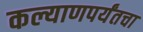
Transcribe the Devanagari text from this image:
कल्याणपर्यंतचा